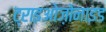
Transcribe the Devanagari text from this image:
ट्राइओज़ोनाइड